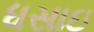
ધસાઇ